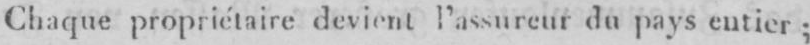
Chaque propriétaire devientl’assureur du pays entier;